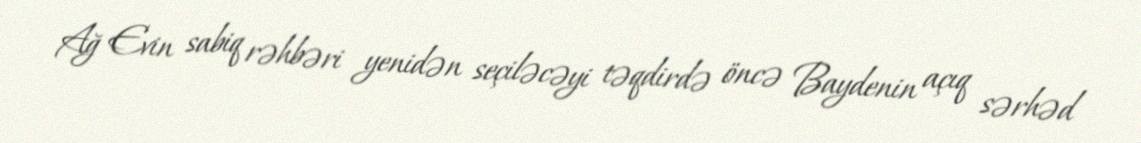
Ağ Evin sabiq rəhbəri yenidən seçiləcəyi təqdirdə öncə Baydenin açıq sərhəd